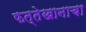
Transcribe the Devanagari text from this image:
फत्तेखानाचा